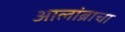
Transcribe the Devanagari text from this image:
आलांब्राचा